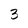
Character: 3